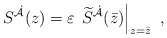
\begin{align*}S^{\dot{\cal A}}(z) = \varepsilon\, \left.\widetilde S^{\dot{\cal A}}(\bar z)\right|_{z=\bar z}~,\end{align*}